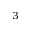
^ 3